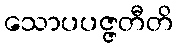
သောပပဇ္ဇတီတိ